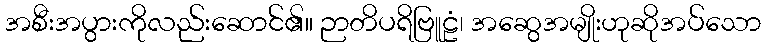
အစီးအပွားကိုလည်းဆောင်၏။ ဉာတိပရိဗြူဠံ၊ အဆွေအမျိုးဟုဆိုအပ်သော